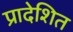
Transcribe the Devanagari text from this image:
प्रादेशित